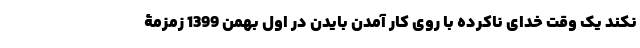
نکند یک وقت خدای ناکرده با روی کار آمدن بایدن در اول بهمن 1399 زمزمۀ